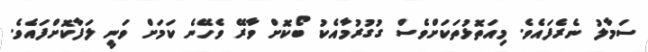
ސަމާލު ނެރެފައެވެ. މިއަތޮޅުތަކަށްވެސް ގުގުރުމާއެކު ބޯކޮށް ވާރޭ ވެހޭނެ ކަމަށް ވަނީ ލަފާކޮށްފައެވެ.